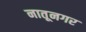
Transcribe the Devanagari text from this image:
नातूनगर